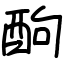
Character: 䣱